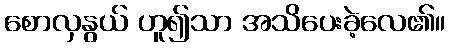
စောလှနွယ် ဟူ၍သာ အသိပေးခဲ့လေ၏။